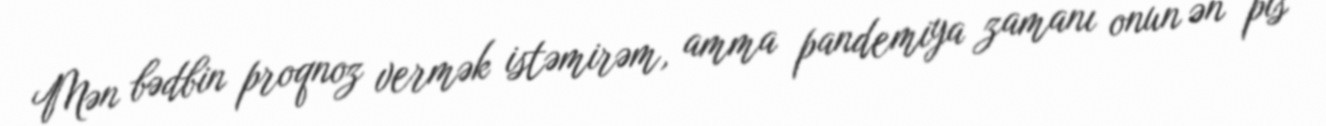
Mən bədbin proqnoz vermək istəmirəm, amma pandemiya zamanı onun ən pis